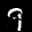
Label: 9